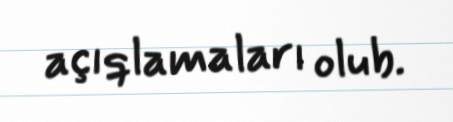
açıqlamaları olub.